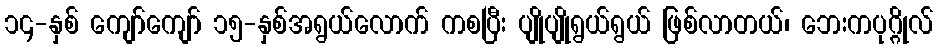
၁၄-နှစ် ကျော်ကျော် ၁၅-နှစ်အရွယ်လောက် ကစပြီး ပျိုပျိုရွယ်ရွယ် ဖြစ်လာတယ်၊ ဘေးကပုဂ္ဂိုလ်